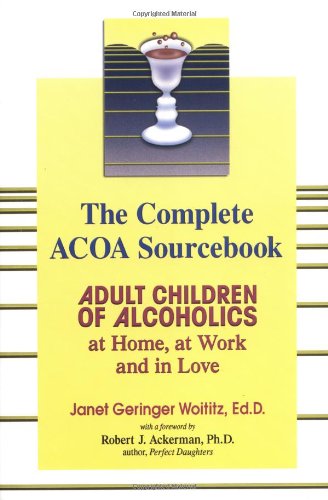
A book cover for The Complete ACOA Sourcebook: Adult Children of Alcoholics at Home, at Work and in Love; Janet G. Woititz; Health, Fitness & Dieting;